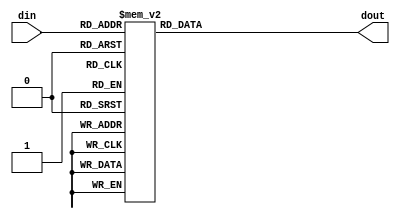
/*                                                                      
Copyright 2019 XCrypt Studio                
																	 
Licensed under the Apache License, Version 2.0 (the "License");         
you may not use this file except in compliance with the License.        
You may obtain a copy of the License at                                 
																	 
 http://www.apache.org/licenses/LICENSE-2.0                          
																	 
Unless required by applicable law or agreed to in writing, software    
distributed under the License is distributed on an "AS IS" BASIS,       
WITHOUT WARRANTIES OR CONDITIONS OF ANY KIND, either express or implied.
See the License for the specific language governing permissions and     
limitations under the License.                                          
*/  
                                                                 
// ----------------------------------------------------------------------
// Function         :   AES Cryptographic Algorithm Core SBox [Negative]
// ----------------------------------------------------------------------
// Version            v-1.0
// ----------------------------------------------------------------------

`timescale 1ns / 1ps

module aes_sbox_n(
    input   [7:0]   din,
    output  [7:0]   dout
    );
	
    reg [7:0] r_dout;
    assign dout = r_dout;
	//
    always@(din) begin
        case(din)
			8'h00 : r_dout = 8'h52;
			8'h01 : r_dout = 8'h09;
			8'h02 : r_dout = 8'h6a;
			8'h03 : r_dout = 8'hd5;
			8'h04 : r_dout = 8'h30;
			8'h05 : r_dout = 8'h36;
			8'h06 : r_dout = 8'ha5;
			8'h07 : r_dout = 8'h38;
			8'h08 : r_dout = 8'hbf;
			8'h09 : r_dout = 8'h40;
			8'h0a : r_dout = 8'ha3;
			8'h0b : r_dout = 8'h9e;
			8'h0c : r_dout = 8'h81;
			8'h0d : r_dout = 8'hf3;
			8'h0e : r_dout = 8'hd7;
			8'h0f : r_dout = 8'hfb;
			8'h10 : r_dout = 8'h7c;
			8'h11 : r_dout = 8'he3;
			8'h12 : r_dout = 8'h39;
			8'h13 : r_dout = 8'h82;
			8'h14 : r_dout = 8'h9b;
			8'h15 : r_dout = 8'h2f;
			8'h16 : r_dout = 8'hff;
			8'h17 : r_dout = 8'h87;
			8'h18 : r_dout = 8'h34;
			8'h19 : r_dout = 8'h8e;
			8'h1a : r_dout = 8'h43;
			8'h1b : r_dout = 8'h44;
			8'h1c : r_dout = 8'hc4;
			8'h1d : r_dout = 8'hde;
			8'h1e : r_dout = 8'he9;
			8'h1f : r_dout = 8'hcb;
			8'h20 : r_dout = 8'h54;
			8'h21 : r_dout = 8'h7b;
			8'h22 : r_dout = 8'h94;
			8'h23 : r_dout = 8'h32;
			8'h24 : r_dout = 8'ha6;
			8'h25 : r_dout = 8'hc2;
			8'h26 : r_dout = 8'h23;
			8'h27 : r_dout = 8'h3d;
			8'h28 : r_dout = 8'hee;
			8'h29 : r_dout = 8'h4c;
			8'h2a : r_dout = 8'h95;
			8'h2b : r_dout = 8'h0b;
			8'h2c : r_dout = 8'h42;
			8'h2d : r_dout = 8'hfa;
			8'h2e : r_dout = 8'hc3;
			8'h2f : r_dout = 8'h4e;
			8'h30 : r_dout = 8'h08;
			8'h31 : r_dout = 8'h2e;
			8'h32 : r_dout = 8'ha1;
			8'h33 : r_dout = 8'h66;
			8'h34 : r_dout = 8'h28;
			8'h35 : r_dout = 8'hd9;
			8'h36 : r_dout = 8'h24;
			8'h37 : r_dout = 8'hb2;
			8'h38 : r_dout = 8'h76;
			8'h39 : r_dout = 8'h5b;
			8'h3a : r_dout = 8'ha2;
			8'h3b : r_dout = 8'h49;
			8'h3c : r_dout = 8'h6d;
			8'h3d : r_dout = 8'h8b;
			8'h3e : r_dout = 8'hd1;
			8'h3f : r_dout = 8'h25;
			8'h40 : r_dout = 8'h72;
			8'h41 : r_dout = 8'hf8;
			8'h42 : r_dout = 8'hf6;
			8'h43 : r_dout = 8'h64;
			8'h44 : r_dout = 8'h86;
			8'h45 : r_dout = 8'h68;
			8'h46 : r_dout = 8'h98;
			8'h47 : r_dout = 8'h16;
			8'h48 : r_dout = 8'hd4;
			8'h49 : r_dout = 8'ha4;
			8'h4a : r_dout = 8'h5c;
			8'h4b : r_dout = 8'hcc;
			8'h4c : r_dout = 8'h5d;
			8'h4d : r_dout = 8'h65;
			8'h4e : r_dout = 8'hb6;
			8'h4f : r_dout = 8'h92;
			8'h50 : r_dout = 8'h6c;
			8'h51 : r_dout = 8'h70;
			8'h52 : r_dout = 8'h48;
			8'h53 : r_dout = 8'h50;
			8'h54 : r_dout = 8'hfd;
			8'h55 : r_dout = 8'hed;
			8'h56 : r_dout = 8'hb9;
			8'h57 : r_dout = 8'hda;
			8'h58 : r_dout = 8'h5e;
			8'h59 : r_dout = 8'h15;
			8'h5a : r_dout = 8'h46;
			8'h5b : r_dout = 8'h57;
			8'h5c : r_dout = 8'ha7;
			8'h5d : r_dout = 8'h8d;
			8'h5e : r_dout = 8'h9d;
			8'h5f : r_dout = 8'h84;
			8'h60 : r_dout = 8'h90;
			8'h61 : r_dout = 8'hd8;
			8'h62 : r_dout = 8'hab;
			8'h63 : r_dout = 8'h00;
			8'h64 : r_dout = 8'h8c;
			8'h65 : r_dout = 8'hbc;
			8'h66 : r_dout = 8'hd3;
			8'h67 : r_dout = 8'h0a;
			8'h68 : r_dout = 8'hf7;
			8'h69 : r_dout = 8'he4;
			8'h6a : r_dout = 8'h58;
			8'h6b : r_dout = 8'h05;
			8'h6c : r_dout = 8'hb8;
			8'h6d : r_dout = 8'hb3;
			8'h6e : r_dout = 8'h45;
			8'h6f : r_dout = 8'h06;
			8'h70 : r_dout = 8'hd0;
			8'h71 : r_dout = 8'h2c;
			8'h72 : r_dout = 8'h1e;
			8'h73 : r_dout = 8'h8f;
			8'h74 : r_dout = 8'hca;
			8'h75 : r_dout = 8'h3f;
			8'h76 : r_dout = 8'h0f;
			8'h77 : r_dout = 8'h02;
			8'h78 : r_dout = 8'hc1;
			8'h79 : r_dout = 8'haf;
			8'h7a : r_dout = 8'hbd;
			8'h7b : r_dout = 8'h03;
			8'h7c : r_dout = 8'h01;
			8'h7d : r_dout = 8'h13;
			8'h7e : r_dout = 8'h8a;
			8'h7f : r_dout = 8'h6b;
			8'h80 : r_dout = 8'h3a;
			8'h81 : r_dout = 8'h91;
			8'h82 : r_dout = 8'h11;
			8'h83 : r_dout = 8'h41;
			8'h84 : r_dout = 8'h4f;
			8'h85 : r_dout = 8'h67;
			8'h86 : r_dout = 8'hdc;
			8'h87 : r_dout = 8'hea;
			8'h88 : r_dout = 8'h97;
			8'h89 : r_dout = 8'hf2;
			8'h8a : r_dout = 8'hcf;
			8'h8b : r_dout = 8'hce;
			8'h8c : r_dout = 8'hf0;
			8'h8d : r_dout = 8'hb4;
			8'h8e : r_dout = 8'he6;
			8'h8f : r_dout = 8'h73;
			8'h90 : r_dout = 8'h96;
			8'h91 : r_dout = 8'hac;
			8'h92 : r_dout = 8'h74;
			8'h93 : r_dout = 8'h22;
			8'h94 : r_dout = 8'he7;
			8'h95 : r_dout = 8'had;
			8'h96 : r_dout = 8'h35;
			8'h97 : r_dout = 8'h85;
			8'h98 : r_dout = 8'he2;
			8'h99 : r_dout = 8'hf9;
			8'h9a : r_dout = 8'h37;
			8'h9b : r_dout = 8'he8;
			8'h9c : r_dout = 8'h1c;
			8'h9d : r_dout = 8'h75;
			8'h9e : r_dout = 8'hdf;
			8'h9f : r_dout = 8'h6e;
			8'ha0 : r_dout = 8'h47;
			8'ha1 : r_dout = 8'hf1;
			8'ha2 : r_dout = 8'h1a;
			8'ha3 : r_dout = 8'h71;
			8'ha4 : r_dout = 8'h1d;
			8'ha5 : r_dout = 8'h29;
			8'ha6 : r_dout = 8'hc5;
			8'ha7 : r_dout = 8'h89;
			8'ha8 : r_dout = 8'h6f;
			8'ha9 : r_dout = 8'hb7;
			8'haa : r_dout = 8'h62;
			8'hab : r_dout = 8'h0e;
			8'hac : r_dout = 8'haa;
			8'had : r_dout = 8'h18;
			8'hae : r_dout = 8'hbe;
			8'haf : r_dout = 8'h1b;
			8'hb0 : r_dout = 8'hfc;
			8'hb1 : r_dout = 8'h56;
			8'hb2 : r_dout = 8'h3e;
			8'hb3 : r_dout = 8'h4b;
			8'hb4 : r_dout = 8'hc6;
			8'hb5 : r_dout = 8'hd2;
			8'hb6 : r_dout = 8'h79;
			8'hb7 : r_dout = 8'h20;
			8'hb8 : r_dout = 8'h9a;
			8'hb9 : r_dout = 8'hdb;
			8'hba : r_dout = 8'hc0;
			8'hbb : r_dout = 8'hfe;
			8'hbc : r_dout = 8'h78;
			8'hbd : r_dout = 8'hcd;
			8'hbe : r_dout = 8'h5a;
			8'hbf : r_dout = 8'hf4;
			8'hc0 : r_dout = 8'h1f;
			8'hc1 : r_dout = 8'hdd;
			8'hc2 : r_dout = 8'ha8;
			8'hc3 : r_dout = 8'h33;
			8'hc4 : r_dout = 8'h88;
			8'hc5 : r_dout = 8'h07;
			8'hc6 : r_dout = 8'hc7;
			8'hc7 : r_dout = 8'h31;
			8'hc8 : r_dout = 8'hb1;
			8'hc9 : r_dout = 8'h12;
			8'hca : r_dout = 8'h10;
			8'hcb : r_dout = 8'h59;
			8'hcc : r_dout = 8'h27;
			8'hcd : r_dout = 8'h80;
			8'hce : r_dout = 8'hec;
			8'hcf : r_dout = 8'h5f;
			8'hd0 : r_dout = 8'h60;
			8'hd1 : r_dout = 8'h51;
			8'hd2 : r_dout = 8'h7f;
			8'hd3 : r_dout = 8'ha9;
			8'hd4 : r_dout = 8'h19;
			8'hd5 : r_dout = 8'hb5;
			8'hd6 : r_dout = 8'h4a;
			8'hd7 : r_dout = 8'h0d;
			8'hd8 : r_dout = 8'h2d;
			8'hd9 : r_dout = 8'he5;
			8'hda : r_dout = 8'h7a;
			8'hdb : r_dout = 8'h9f;
			8'hdc : r_dout = 8'h93;
			8'hdd : r_dout = 8'hc9;
			8'hde : r_dout = 8'h9c;
			8'hdf : r_dout = 8'hef;
			8'he0 : r_dout = 8'ha0;
			8'he1 : r_dout = 8'he0;
			8'he2 : r_dout = 8'h3b;
			8'he3 : r_dout = 8'h4d;
			8'he4 : r_dout = 8'hae;
			8'he5 : r_dout = 8'h2a;
			8'he6 : r_dout = 8'hf5;
			8'he7 : r_dout = 8'hb0;
			8'he8 : r_dout = 8'hc8;
			8'he9 : r_dout = 8'heb;
			8'hea : r_dout = 8'hbb;
			8'heb : r_dout = 8'h3c;
			8'hec : r_dout = 8'h83;
			8'hed : r_dout = 8'h53;
			8'hee : r_dout = 8'h99;
			8'hef : r_dout = 8'h61;
			8'hf0 : r_dout = 8'h17;
			8'hf1 : r_dout = 8'h2b;
			8'hf2 : r_dout = 8'h04;
			8'hf3 : r_dout = 8'h7e;
			8'hf4 : r_dout = 8'hba;
			8'hf5 : r_dout = 8'h77;
			8'hf6 : r_dout = 8'hd6;
			8'hf7 : r_dout = 8'h26;
			8'hf8 : r_dout = 8'he1;
			8'hf9 : r_dout = 8'h69;
			8'hfa : r_dout = 8'h14;
			8'hfb : r_dout = 8'h63;
			8'hfc : r_dout = 8'h55;
			8'hfd : r_dout = 8'h21;
			8'hfe : r_dout = 8'h0c;
			8'hff : r_dout = 8'h7d;
        endcase
    end

endmodule